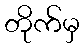
တိုက်မှ